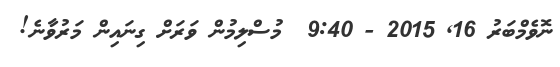
ނޮވެމްބަރު 16